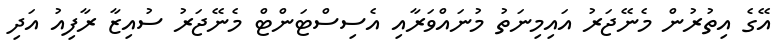
އޭގެ އިތުރުން މެނޭޖަރު އައިމިނަތު މުނައްވަރާއި އެސިސްޓަންޓް މެނޭޖަރު ސުއިޒާ ރާފިއު އަދި